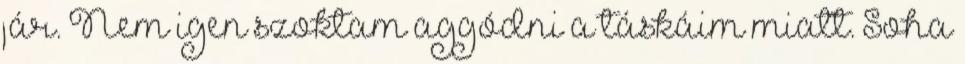
jár. Nem igen szoktam aggódni a táskáim miatt. Soha